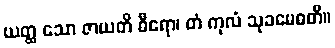
ယတ္ထ သော ဇာယတိ ဓီရော၊ တံ ကုလံ သုခမေဓတိ။